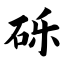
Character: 砾